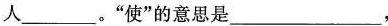
人___。”使”的意思是___，